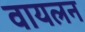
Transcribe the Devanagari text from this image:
वायलन